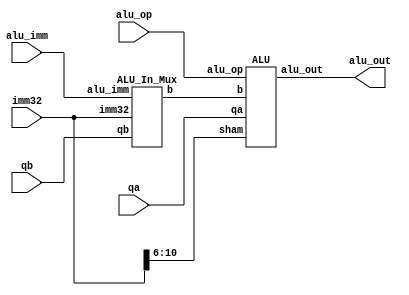
`timescale 1ns / 1ps
//////////////////////////////////////////////////////////////////////////////////
// Company: 
// Engineer: 
// 
// Design Name: 
// Module Name: 
// Project Name: 
// Target Devices: 
// Tool Versions: 
// Description: 
// 
// Dependencies: 
// 
// Revision:
// Revision 0.01 - File Created
// Additional Comments:
// 
//////////////////////////////////////////////////////////////////////////////////


module EXE(
    input alu_imm,
    input [3:0] alu_op,
    input [31:0] qa,
    input [31:0] qb,
    input [31:0] imm32,

    output [31:0] alu_out
);

    wire [31:0] b;

    ALU_In_Mux alu_mux(
        // Inputs
        .alu_imm(alu_imm),
        .qb(qb),
        .imm32(imm32),

        // Outputs
        .b(b)
    );

    ALU alu(
        // Inputs
        .alu_op(alu_op),
        .sham(imm32[10:6]),
        .qa(qa),
        .b(b),

        // Outputs
        .alu_out(alu_out)
    );
endmodule

module ALU_In_Mux(
    input               alu_imm,
    input       [31:0]  qb,
    input       [31:0]  imm32,
    
    output reg  [31:0]  b,
    output reg  [31:0]  a
);

    always@(*)begin
        if(alu_imm)begin
            b = imm32;
        end
        else begin
            b = qb;
        end
    end

endmodule

module ALU(
    input [3:0] alu_op,
    input [4:0] sham,
    input [31:0] qa,
    input [31:0] b,

    output reg [31:0] alu_out
);

    always@(*)begin
        case(alu_op)
            4'b0010:
            begin
                alu_out = $signed(qa) + $signed(b);
            end
            4'b0110:
            begin
                alu_out = $signed(qa) - $signed(b);
            end
            4'b0000:
            begin
                alu_out = qa & b;
            end
            4'b0001:
            begin
                alu_out = qa | b;
            end
            4'b1100:
            begin
                alu_out = qa ^ b;
            end
            4'b1000:
            begin
                alu_out = b << sham;
            end
            4'b1001:
            begin
                alu_out = b >> sham;
            end
            4'b1011:
            begin
                alu_out = $signed(b) >>> sham;
            end
        endcase
    end

endmodule